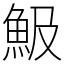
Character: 魥